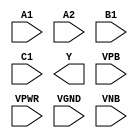
module sky130_fd_sc_ls__o211ai (
    //# {{data|Data Signals}}
    input  A1  ,
    input  A2  ,
    input  B1  ,
    input  C1  ,
    output Y   ,

    //# {{power|Power}}
    input  VPB ,
    input  VPWR,
    input  VGND,
    input  VNB
);
endmodule